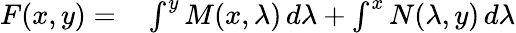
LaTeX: \begin{array}{rl}{F(x,y)=}&{{}\int^{y}M(x,\lambda)\, d\lambda+\int^{x}N(\lambda,y)\, d\lambda}\end{array}